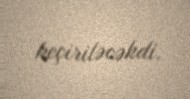
keçiriləcəkdi.